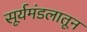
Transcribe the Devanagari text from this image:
सूर्यमंडलातून